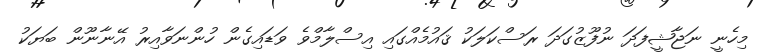
މިހެނީ ނަޖާޝީފަދަ ނުފޫޒުގަދަ ރަސްކަލަކު ޤައުމެއްގައި އިސްލާމްވެ ވަޑައިގެން ހުންނަވާއިރު އޭނާނޫން ބަޔަކު